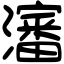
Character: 瀋